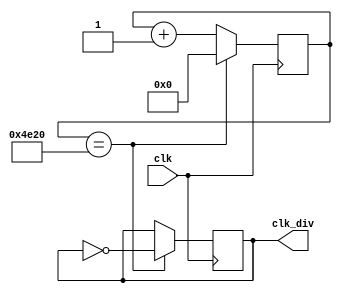
`timescale 1ns / 1ps

module clock_divider(
    input clk,
    output reg clk_div
    );
    
    reg [15:0] counter;
    
    // Initialization
    initial begin
        counter = 16'd0;
        clk_div = 0;
    end
    
    always @(posedge clk) begin
        if(counter == 16'd20000) begin
            counter <= 0;
            clk_div = ~clk_div;
        end
        else
            counter = counter + 16'd1;
    end
endmodule